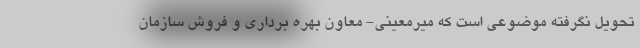
تحویل نگرفته موضوعی است که میرمعینی- معاون بهره برداری و فروش سازمان